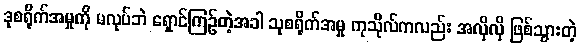
ဒုစရိုက်အမှုကို မလုပ်ဘဲ ရှောင်ကြဉ်တဲ့အခါ သုစရိုက်အမှု ကုသိုလ်ကလည်း အလိုလို ဖြစ်သွားတဲ့